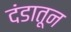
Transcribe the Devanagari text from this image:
दंडातून